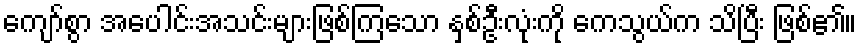
ကျော်စွာ အပေါင်းအသင်းများဖြစ်ကြသော နှစ်ဦးလုံးကို ကေသွယ်က သိပြီး ဖြစ်၏။